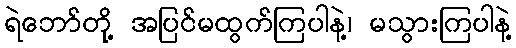
ရဲဘော်တို့ အပြင်မထွက်ကြပါနဲ့၊ မသွားကြပါနဲ့